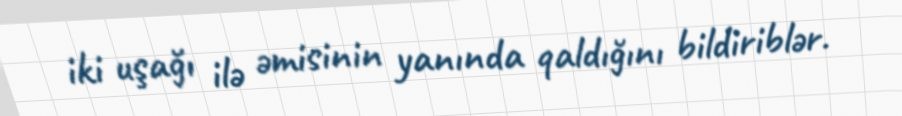
iki uşağı ilə əmisinin yanında qaldığını bildiriblər.